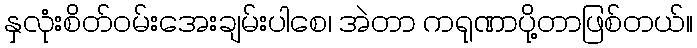
နှလုံးစိတ်ဝမ်းအေးချမ်းပါစေ၊ အဲတာ ကရုဏာပို့တာဖြစ်တယ်။